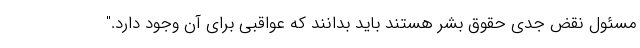
مسئول نقض جدی حقوق بشر هستند باید بدانند که عواقبی برای آن وجود دارد."